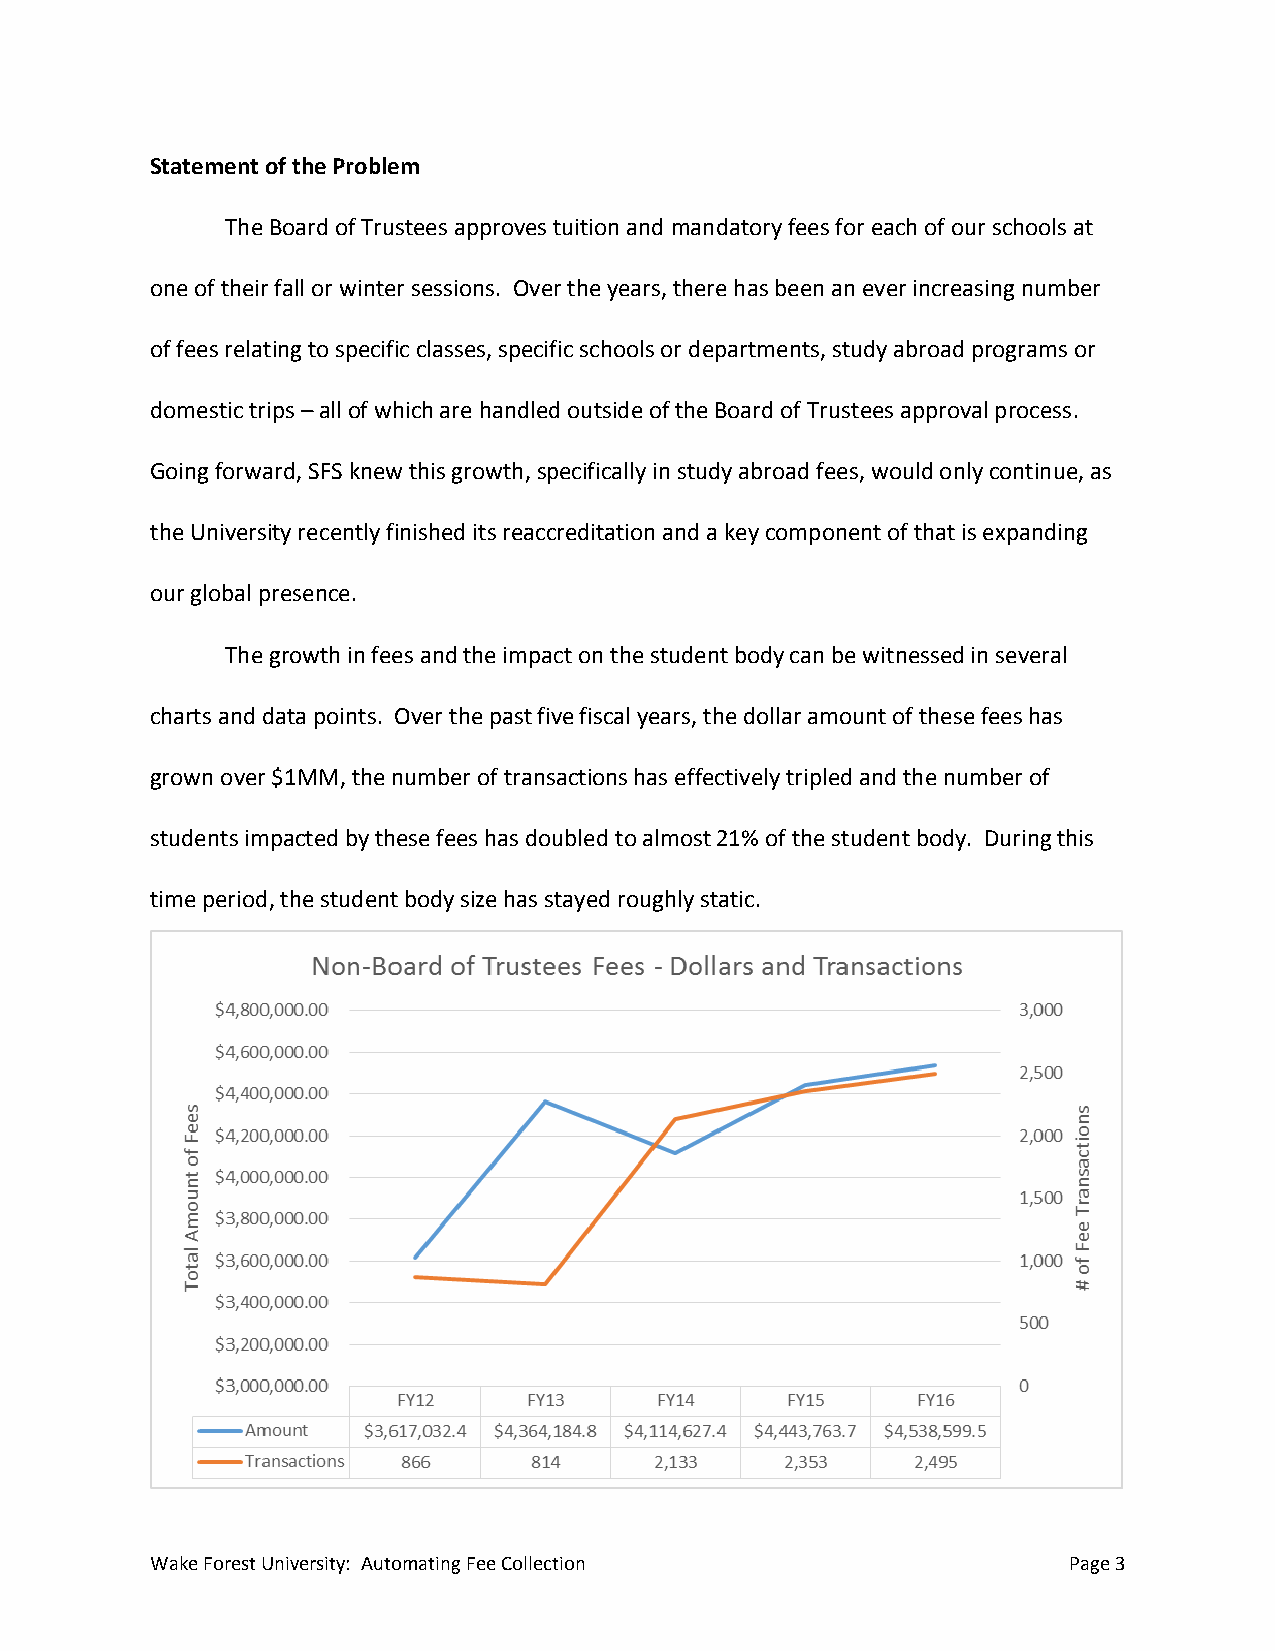
Statement of the Problem
 The Board of Trustees approves tuition and mandatory fees for each of our schools at
 one of their fall or winter sessions. Over the years, there has been an ever increasing number
 of fees relating to specific classes, specific schools or departments, study abroad programs or
 domestic trips – all of which are handled outside of the Board of Trustees approval process.
 Going forward, SFS knew this growth, specifically in study abroad fees, would only continue, as
 the University recently finished its reaccreditation and a key component of that is expanding
 our global presence.
 The growth in fees and the impact on the student body can be witnessed in several
 charts and data points. Over the past five fiscal years, the dollar amount of these fees has
 grown over $1MM, the number of transactions has effectively tripled and the number of
 students impacted by these fees has doubled to almost 21% of the student body. During this
 time period, the student body size has stayed roughly static.
 Wake Forest University: Automating Fee Collection            Page 3